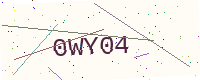
Text: 0WY04